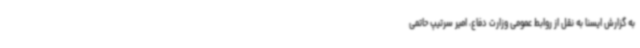
به گزارش ایسنا به نقل از روابط عمومی وزارت دفاع، امیر سرتیپ حاتمی